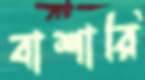
বাশারি